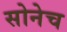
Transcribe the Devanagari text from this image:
सोनेच